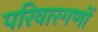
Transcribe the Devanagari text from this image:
परिवारगणों